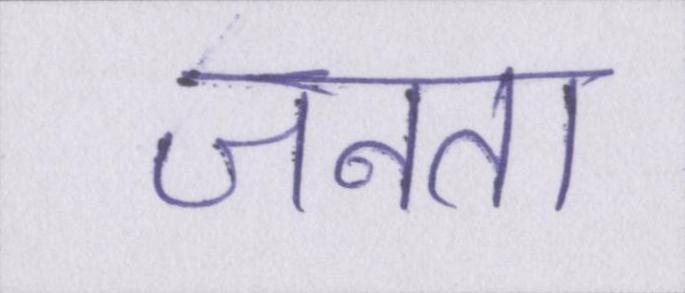
जनता